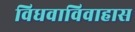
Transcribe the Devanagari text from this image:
विधवाविवाहास